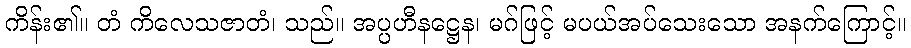
ကိန်း၏။ တံ ကိလေသဇာတံ၊ သည်။ အပ္ပဟီနဋ္ဌေန၊ မဂ်ဖြင့် မပယ်အပ်သေးသော အနက်ကြောင့်။